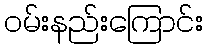
ဝမ်းနည်းကြောင်း